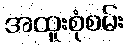
အထူးစုံစမ်း